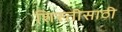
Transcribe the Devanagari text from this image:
शिस्तीसाठी